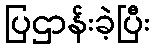
ပြဌာန်းခဲ့ပြီး